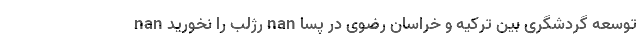
nan رژلب را نخورید nan توسعه گردشگری بین ترکیه و خراسان رضوی در پسا